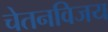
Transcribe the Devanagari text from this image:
चेतनविजय